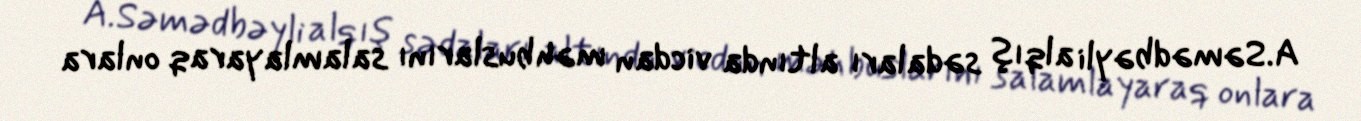
A.Səmədbəyli alqış sədaları altında vicdan məhbuslarını salamlayaraq onlara